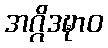
အဂ္ဂိဒဍ္ဎာဝ